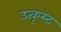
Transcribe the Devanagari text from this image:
उत्कृस्ट